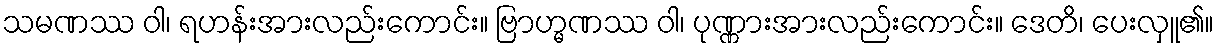
သမဏဿ ဝါ၊ ရဟန်းအားလည်းကောင်း။ ဗြာဟ္မဏဿ ဝါ၊ ပုဏ္ဏားအားလည်းကောင်း။ ဒေတိ၊ ပေးလှူ၏။